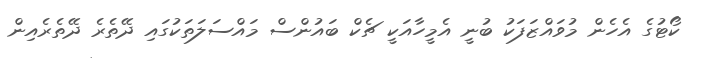
ކޯޓުގެ އެހެން މުވައްޒަފަކު ބުނީ އެމީހާއަކީ ޗެކް ބައުންސް މައްސަލަތަކުގައި ދޭތެރެ ދޭތެރެއިން